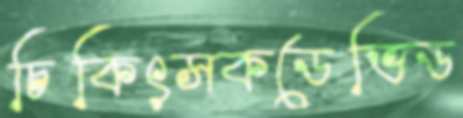
চিকিৎসকডেভিড